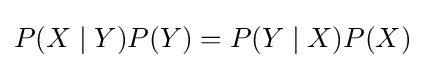
P(X\mid Y)P(Y)=P(Y\mid X)P(X)